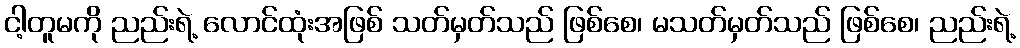
ငါ့တူမကို ညည်းရဲ့ လောင်ထုံးအဖြစ် သတ်မှတ်သည် ဖြစ်စေ၊ မသတ်မှတ်သည် ဖြစ်စေ၊ ညည်းရဲ့